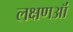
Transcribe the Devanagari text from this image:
लक्षणऑं